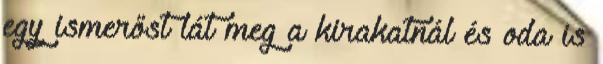
egy ismerőst lát meg a kirakatnál és oda is